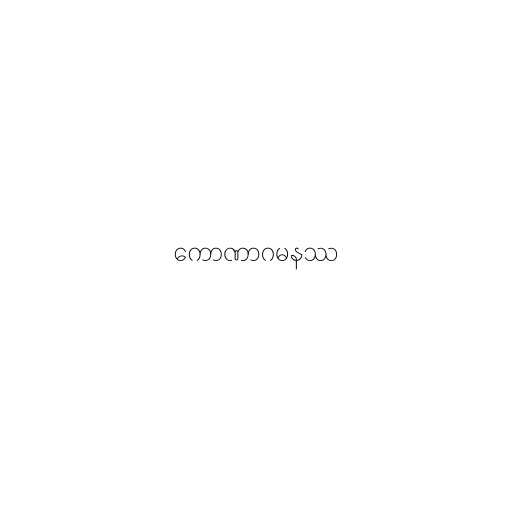
ကောဏာဂမနဿ